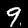
Label: 9